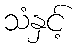
သံနှင့်